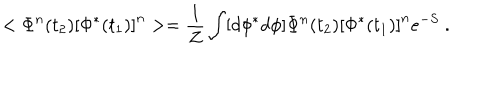
< \Phi ^ { n } ( t _ { 2 } ) \left[ \Phi ^ { * } ( t _ { 1 } ) \right] ^ { n } > = { \frac { 1 } { Z } } \int [ d \phi ^ { * } d \phi ] \Phi ^ { n } ( t _ { 2 } ) \left[ \Phi ^ { * } ( t _ { 1 } ) \right] ^ { n } e ^ { - S } \ .